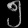
Digit: ၅